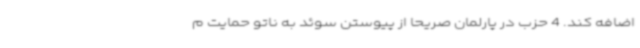
اضافه کند. 4 حزب در پارلمان صریحاً از پیوستن سوئد به ناتو حمایت م